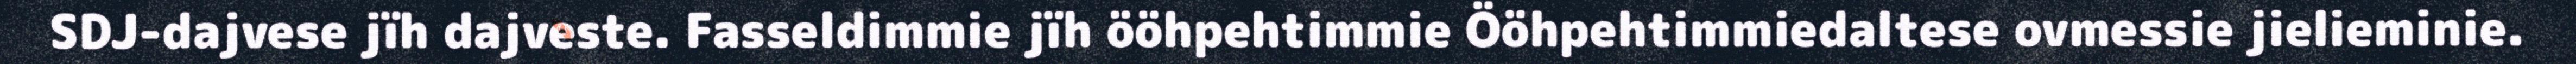
SDJ-dajvese jïh dajveste. Fasseldimmie jïh ööhpehtimmie Ööhpehtimmiedaltese ovmessie jielieminie.